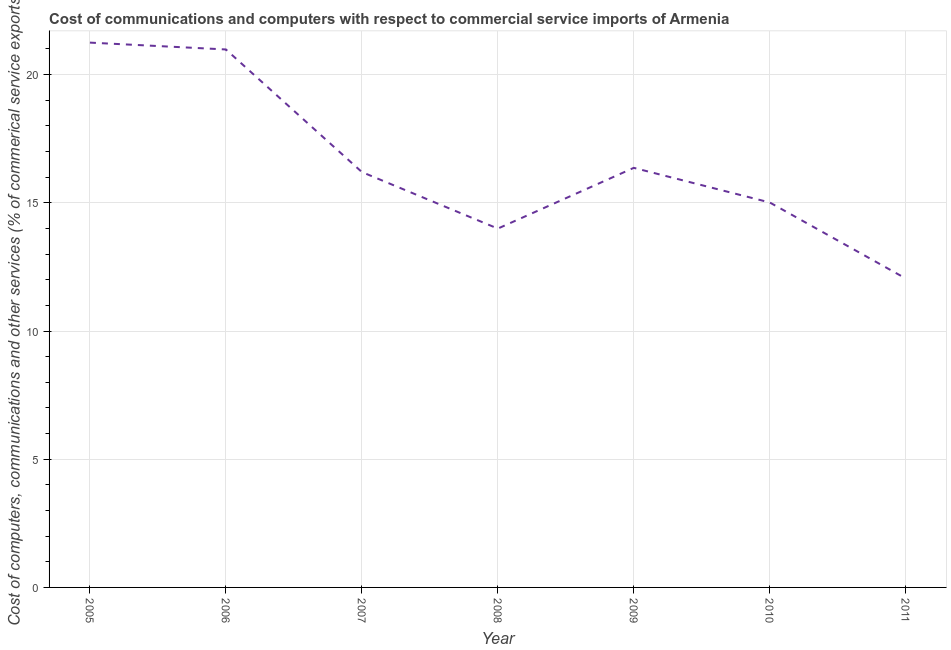
| Year | Computer |
 | --- | --- |
 | 2005 | 21.2 |
 | 2006 | 21 |
 | 2007 | 16.2 |
 | 2008 | 14 |
 | 2009 | 16.4 |
 | 2010 | 15 |
 | 2011 | 12 |